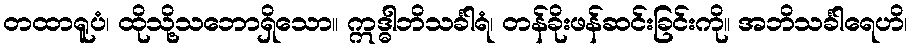
တထာရူပံ၊ ထိုသို့သဘောရှိသော။ ဣဒ္ဓါဘိသင်္ခါရံ၊ တန်ခိုးဖန်ဆင်းခြင်းကို။ အဘိသင်္ခါရေဟိ၊